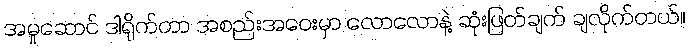
အမှုဆောင် ဒါရိုက်တာ အစည်းအဝေးမှာ လောလောနဲ့ ဆုံးဖြတ်ချက် ချလိုက်တယ်။